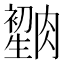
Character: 𦠫